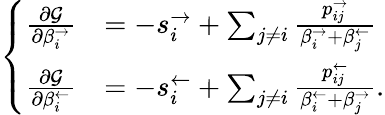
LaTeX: \left\{ \begin{array}{ll}{\frac{\partial\mathcal{G}}{\partial\beta_{i}^{\rightarrow}}}&{=-s_{i}^{\rightarrow}+\sum_{j\neq i}\frac{p_{ij}^{\rightarrow}}{\beta_{i}^{\rightarrow}+\beta_{j}^{\leftarrow}}}\\ {\frac{\partial\mathcal{G}}{\partial\beta_{i}^{\leftarrow}}}&{=-s_{i}^{\leftarrow}+\sum_{j\neq i}\frac{p_{ij}^{\leftarrow}}{\beta_{i}^{\leftarrow}+\beta_{j}^{\rightarrow}}.}\end{array}\right.